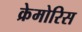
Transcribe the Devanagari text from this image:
क्रेमोरिस